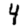
Digit: 4